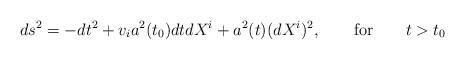
LaTeX: \begin{align*}ds^2=-dt^2 + v_ia^2(t_0)dtdX^i + a^2(t)(dX^i)^2, \qquad {\rm for} \qquad t > t_0\end{align*}